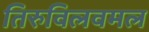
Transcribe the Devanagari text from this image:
तिरुविलवमल